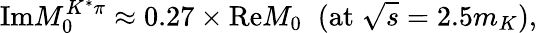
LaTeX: \mathrm{Im}M_{0}^{K^{*}\pi}\approx 0.27\times\mathrm{Re}M_{0}\; \; (\mathrm{at}\; \sqrt{s}=2.5m_{K}),